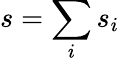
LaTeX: s=\sum_{i}s_{i}